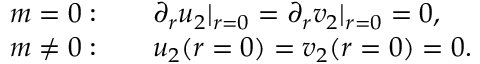
\begin{array} { r l } { m = 0 : } & { { } \quad \partial _ { r } u _ { 2 } | _ { r = 0 } = \partial _ { r } v _ { 2 } | _ { r = 0 } = 0 , } \\ { m \neq 0 : } & { { } \quad u _ { 2 } ( r = 0 ) = v _ { 2 } ( r = 0 ) = 0 . } \end{array}